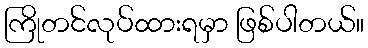
ကြိုတင်လုပ်ထားရမှာ ဖြစ်ပါတယ်။